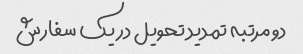
دو مرتبه تمدید تحویل در یک سفارش